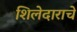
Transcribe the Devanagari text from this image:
शिलेदाराचे